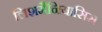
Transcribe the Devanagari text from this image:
लिशमैनियासिस